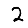
Digit: 2